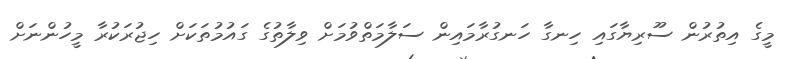
މީގެ އިތުރުން ސޫރިޔާގައި ހިނގާ ހަނގުރާމައިން ސަލާމަތްވުމަށް ވިލާތުގެ ގައުމުތަކަށް ހިޖުރަކުރާ މީހުންނަށް